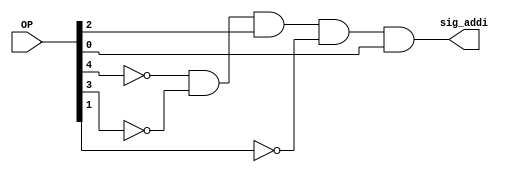
module min_addi(OP, sig_addi);
	// min stands for Minterms
	// here we got just one term: sig_addi = OP[4]' AND OP[3]' AND ...
	input [4:0] OP;
	output sig_addi;
	
	and myOP_and (sig_addi, ~OP[4], ~OP[3], OP[2], ~OP[1], OP[0]);
	
endmodule